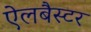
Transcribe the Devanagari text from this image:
ऐलबैस्टर